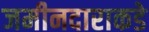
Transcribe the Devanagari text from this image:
जमीनदाराकडे